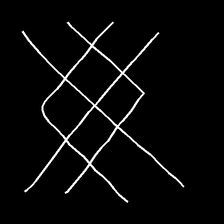
Glyph: crystal